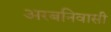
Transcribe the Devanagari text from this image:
अरबनिवासी